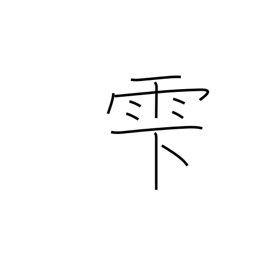
Meaning: dripping